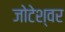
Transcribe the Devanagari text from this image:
जोटेश्‍वर